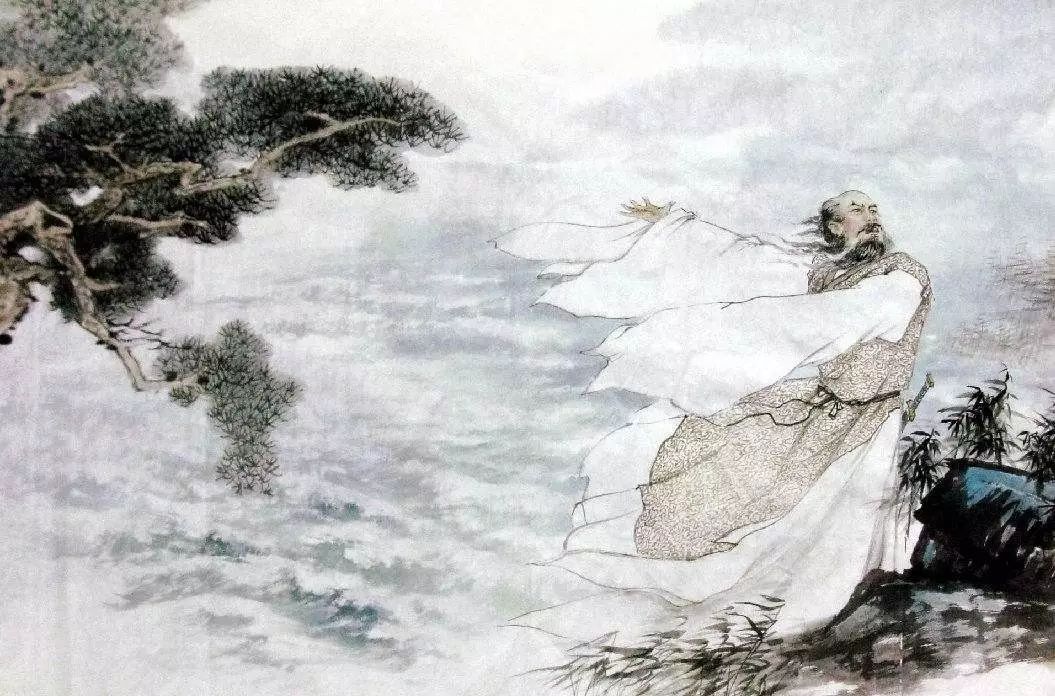
国亡身殒今何有，只留离骚在世间。